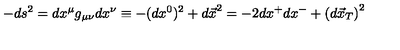
- d s ^ { 2 } = d x ^ { \mu } g _ { \mu \nu } d x ^ { \nu } \equiv - ( d x ^ { 0 } ) ^ { 2 } + { d \vec { x } } ^ { 2 } = - 2 d x ^ { + } d x ^ { - } + \left( d \vec { x } _ { T } \right) ^ { 2 }